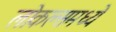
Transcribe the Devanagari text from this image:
लोकल्समध्ये